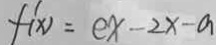
f ^ { \prime } _ { ( x ) } = e x - 2 x - a